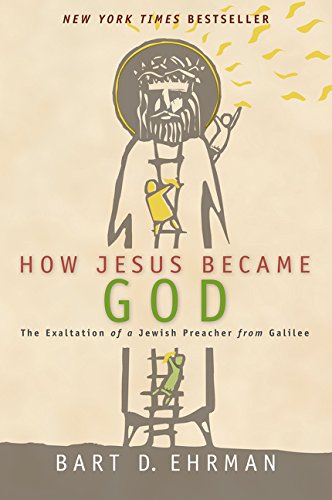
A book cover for How Jesus Became God: The Exaltation of a Jewish Preacher from Galilee; Bart D. Ehrman; History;